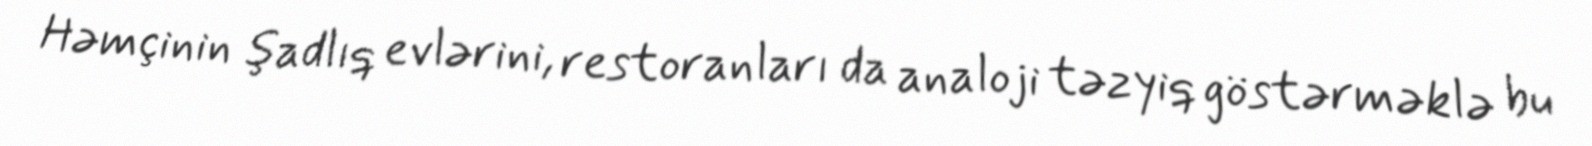
Həmçinin şadlıq evlərini, restoranları da analoji təzyiq göstərməklə bu